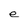
Character: e